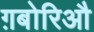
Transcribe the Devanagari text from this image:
ग़बोरिऔ